Indian journal of veterinary science and animal husbandry - Volume 7,
Year: 1937
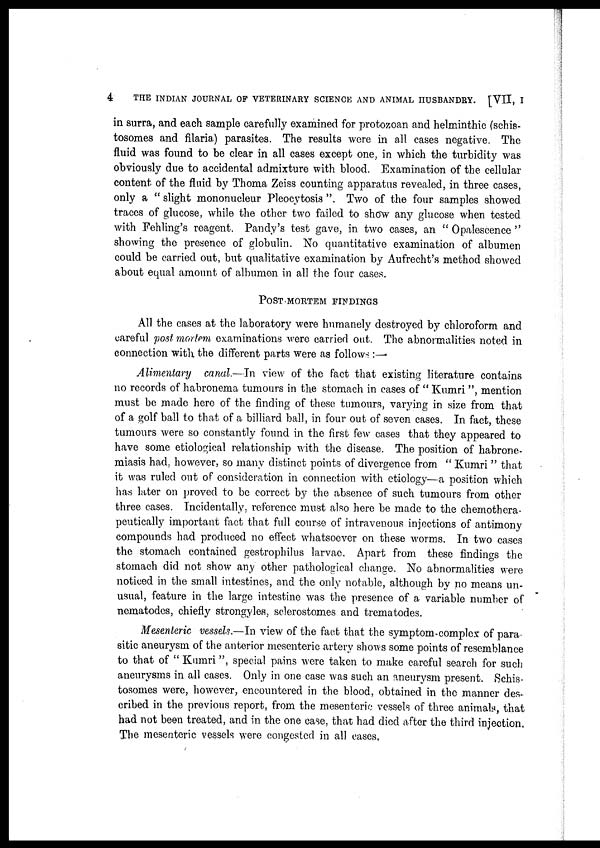
4
THE INDIAN JOURNAL OF VETERINARY SCIENCE AND ANIMAL HUSBANDRY. [VII, I
in surra, and each sample carefully examined for protozoan and helminthic (schis-
tosomes and filaria) parasites. The results were in all cases negative. The
fluid was found to be clear in all cases except one, in which the turbidity was
obviously due to accidental admixture with blood. Examination of the cellular
content of the fluid by Thoma Zeiss counting apparatus revealed, in three cases,
only a " slight mononucleur Pleocytosis ". Two of the four samples showed
traces of glucose, while the other two failed to show any glucose when tested
with Fehling's reagent. Pandy's test gave, in two cases, an " Opalescence "
showing the presence of globulin. No quantitative examination of albumen
could be carried out, but qualitative examination by Aufrecht's method showed
about equal amount of albumen in all the four cases.
POST-MORTEM FINDINGS
All the cases at the laboratory were humanely destroyed by chloroform and
careful post mortem examinations were carried out. The abnormalities noted in
connection with the different parts were as follows :—
Alimentary canal.—In view of the fact that existing literature contains
no records of habronema tumours in the stomach in cases of " Kumri ", mention
must be made here of the finding of these tumours, varying in size from that
of a golf ball to that of a billiard ball, in four out of seven cases. In fact, these
tumours were so constantly found in the first few cases that they appeared to
have some etiological relationship with the disease. The position of habrone-
miasis had, however, so many distinct points of divergence from " Kumri " that
it was ruled out of consideration in connection with etiology—a position which
has later on proved to be correct by the absence of such tumours from other
three cases. Incidentally, reference must also here be made to the chemothera-
peutically important fact that full course of intravenous injections of antimony
compounds had produced no effect whatsoever on these worms. In two cases
the stomach contained gestrophilus larvae. Apart from these findings the
stomach did not show any other pathological change. No abnormalities were
noticed in the small intestines, and the only notable, although by no means un-
usual, feature in the large intestine was the presence of a variable number of
nematodes, chiefly strongyles, sclerostomes and trematodes.
Mesenteric vessels.—In view of the fact that the symptom-complex of para
sitic aneurysm of the anterior mesenteric artery shows some points of resemblance
to that of " Kumri", special pains were taken to make careful search for such
aneurysms in all cases. Only in one case was such an aneurysm present. Schis-
tosomes were, however, encountered in the blood, obtained in the manner des-
cribed in the previous report, from the mesenteric vessels of three animals, that
had not been treated, and in the one case, that had died after the third injection.
The mesenteric vessels were congested in all cases,